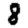
Digit: 8